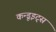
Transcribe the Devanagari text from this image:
कन्डूइट्स